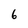
Character: 6